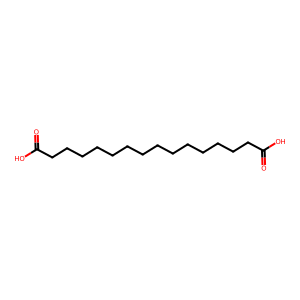
SMILES: O=C(O)CCCCCCCCCCCCCCC(=O)O
Inhibits HIV replication: No